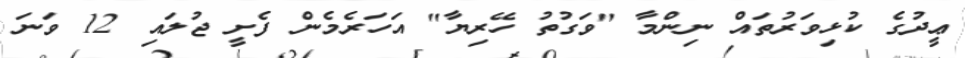
ޢީދުގެ ކުޅިވަރުތައް ނިންމާ "ވަގުތު ހޭރިޔާ" އަހަރެމެން ފެށީ ޖުލައި 12 ވަނަ